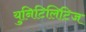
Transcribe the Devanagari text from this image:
युनिटिलिटिज